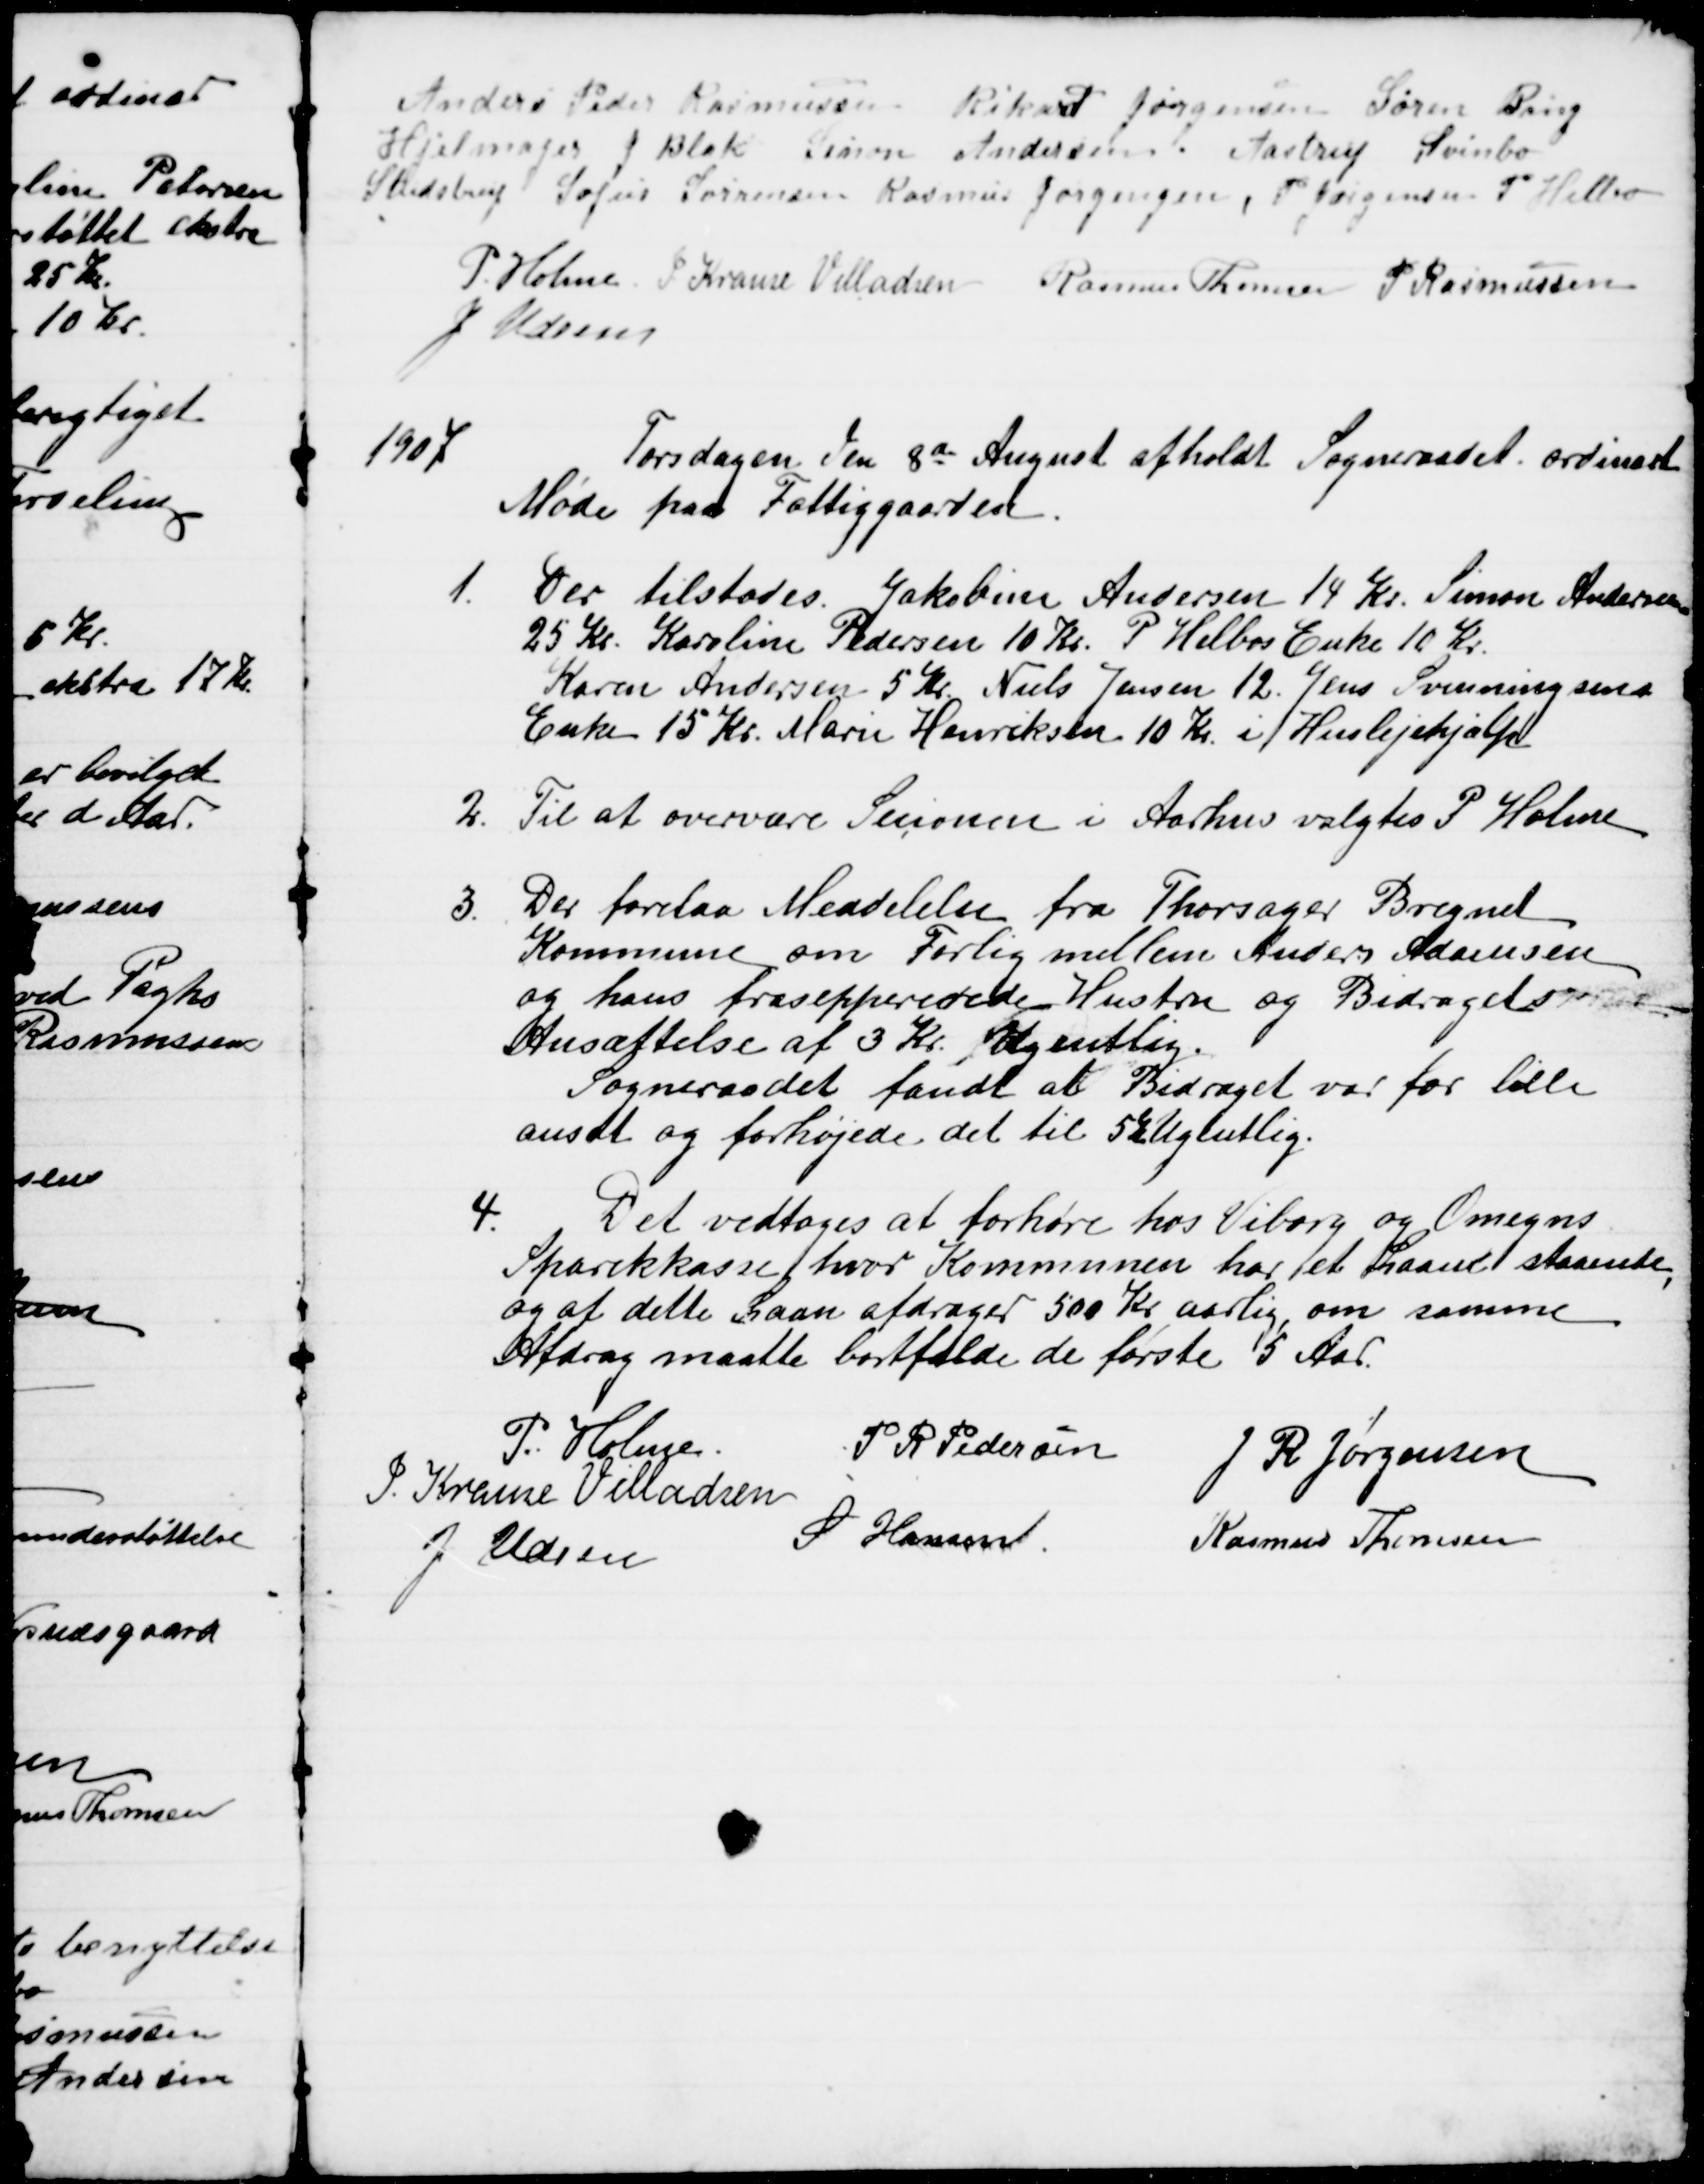
Transskription:
Anders Peder Rasmussen Rikard Jørgensen Søren Bang
Hjelmager J Blak Søren Andersen, Aastrup Svinbo
Studstrup Sofus Sørensen Rasmus Jørgensen, P Jørgensen P. Helbo
P. Holme. J. Krause Villadsen Rasmus Thomsen P Rasmussen
J Udsen
1907
Torsdagen den 8de August afholdt Sogneraadet ordinært
Møde paa Fattiggaarden.
1. Der tilstodes. Jakobine Andersen 14 Kr. Simon Andersen
25 Kr. Karoline Pedersen 10 Kr. P. Helbos Enke 10 Kr.
Karen Andersen 5 Kr. Niels Jensen 12. Jens Svenningsens
Enke 15 Kr. Marie Henriksen 10 Kr. i Huslejehjælp
2. Til at overvære Secionen i Aarhus valgtes P. Holme
3.
Der forelaa Meddelelse fra Thorsager Bregnet
Kommune om Forlig mellem Anders Adamsen
og hans fraseppererede Hustru og Bidragets
Ansættelse af 3 Kr. Ugentlig.
Sogneraadet fandt at Bidraget var for lille
ansat og forhøjede det til 5Kr Ugentlig.
4.
Det vedtoges at forhøre hos Viborg og Omegns
Sparekkasse hvor Kommunen har et Laan staaende,
og af dette Laan afdrager 500 Kr aarlig, om samme
Afdrag maatte bortfalde de første 5 Aar.
P. Holme.
P. R. Pedersen
J. R. Jørgensen
J. Krause Villadsen
J. Udsen
S Hansen
Rasmus Thomsen